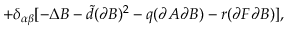
+ \delta _ { \alpha \beta } [ - \Delta B - { \tilde { d } } ( \partial B ) ^ { 2 } - q ( \partial A \partial B ) - r ( \partial F \partial B ) ] ,